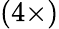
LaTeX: (4\times)